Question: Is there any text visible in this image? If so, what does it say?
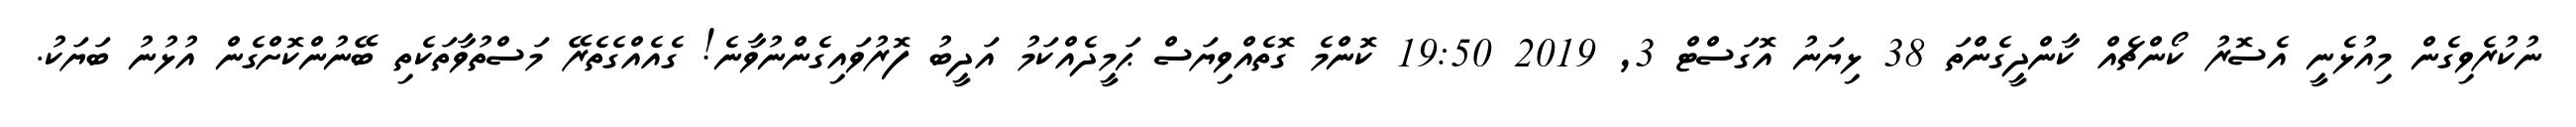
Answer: ނުކުރެވިގެން މިއުޅެނީ އެސޮރު ކޯންޗެއް ކާންދީގެންތަ 38 ޅިޔަނު އޮގަސްޓް 3, 2019 19:50 ކޮންމެ ގޮތެއްވިޔަސް ޙަމީދެއްކަމު އަދީބު ފޮރުވައިގެންނުވާނެ! ގެއެއްގެތެރޭ މަސްތުވާތަކެތި ބޭނުންކޮށްގެން އުޅުނު ބަޔަކު.